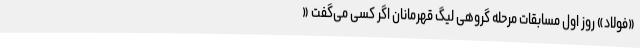
«فولاد» روز اول مسابقات مرحله گروهی لیگ قهرمانان اگر کسی می‌گفت «